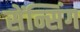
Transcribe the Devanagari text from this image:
सेंन्सिंग